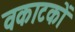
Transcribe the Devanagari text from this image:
वकाटकों